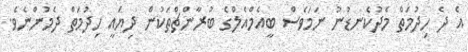
އެ ދެ ހިދުމަތް މެދުކެނޑުނު ނަމަވެސް ބީއެމްއެލްގެ ބުރާންޗްތަކުން ދިޔައީ ހިދުމަތް ދެމުންނެވެ.